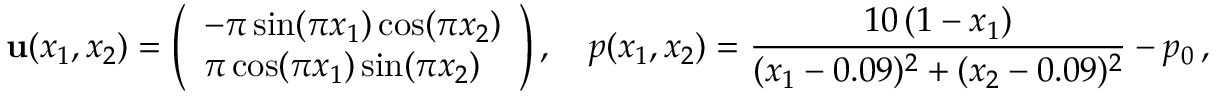
\mathbf { u } ( x _ { 1 } , x _ { 2 } ) = \left( \begin{array} { l } { - \pi \sin ( \pi x _ { 1 } ) \cos ( \pi x _ { 2 } ) } \\ { \pi \cos ( \pi x _ { 1 } ) \sin ( \pi x _ { 2 } ) } \end{array} \right) , \quad p ( x _ { 1 } , x _ { 2 } ) = \frac { 1 0 \, ( 1 - x _ { 1 } ) } { ( x _ { 1 } - 0 . 0 9 ) ^ { 2 } + ( x _ { 2 } - 0 . 0 9 ) ^ { 2 } } - p _ { 0 } \, ,